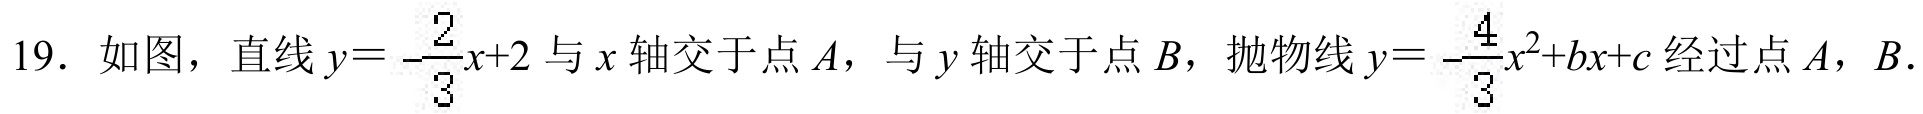
19. 如图，直线\(y = -\frac{2}{3}x + 2\)与\(x\)轴交于点\(A\)，与\(y\)轴交于点\(B\)，抛物线\(y = -\frac{4}{3}x^{2}+bx + c\)经过点\(A\)，\(B\).